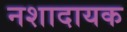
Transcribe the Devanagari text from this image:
नशादायक